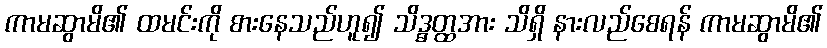
ကာမဆွာမိ၏ ထမင်းကို စားနေသည်ဟူ၍ သိဒ္ဓတ္ထအား သိရှိ နားလည်စေရန် ကာမဆွာမိ၏